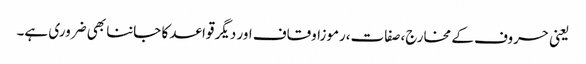
یعنی حروف کے مخارج،صفات،رموزاوقاف اور دیگر قواعد کا جاننا بھی ضروری ہے۔